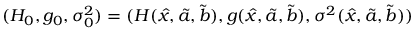
( H _ { 0 } , g _ { 0 } , \sigma _ { 0 } ^ { 2 } ) = ( H ( \hat { x } , \tilde { a } , \tilde { b } ) , g ( \hat { x } , \tilde { a } , \tilde { b } ) , \sigma ^ { 2 } ( \hat { x } , \tilde { a } , \tilde { b } ) )